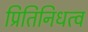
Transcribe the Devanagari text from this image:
प्रितिनिधत्व